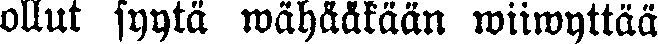
ollut syytä wähääkään wiiwyttää